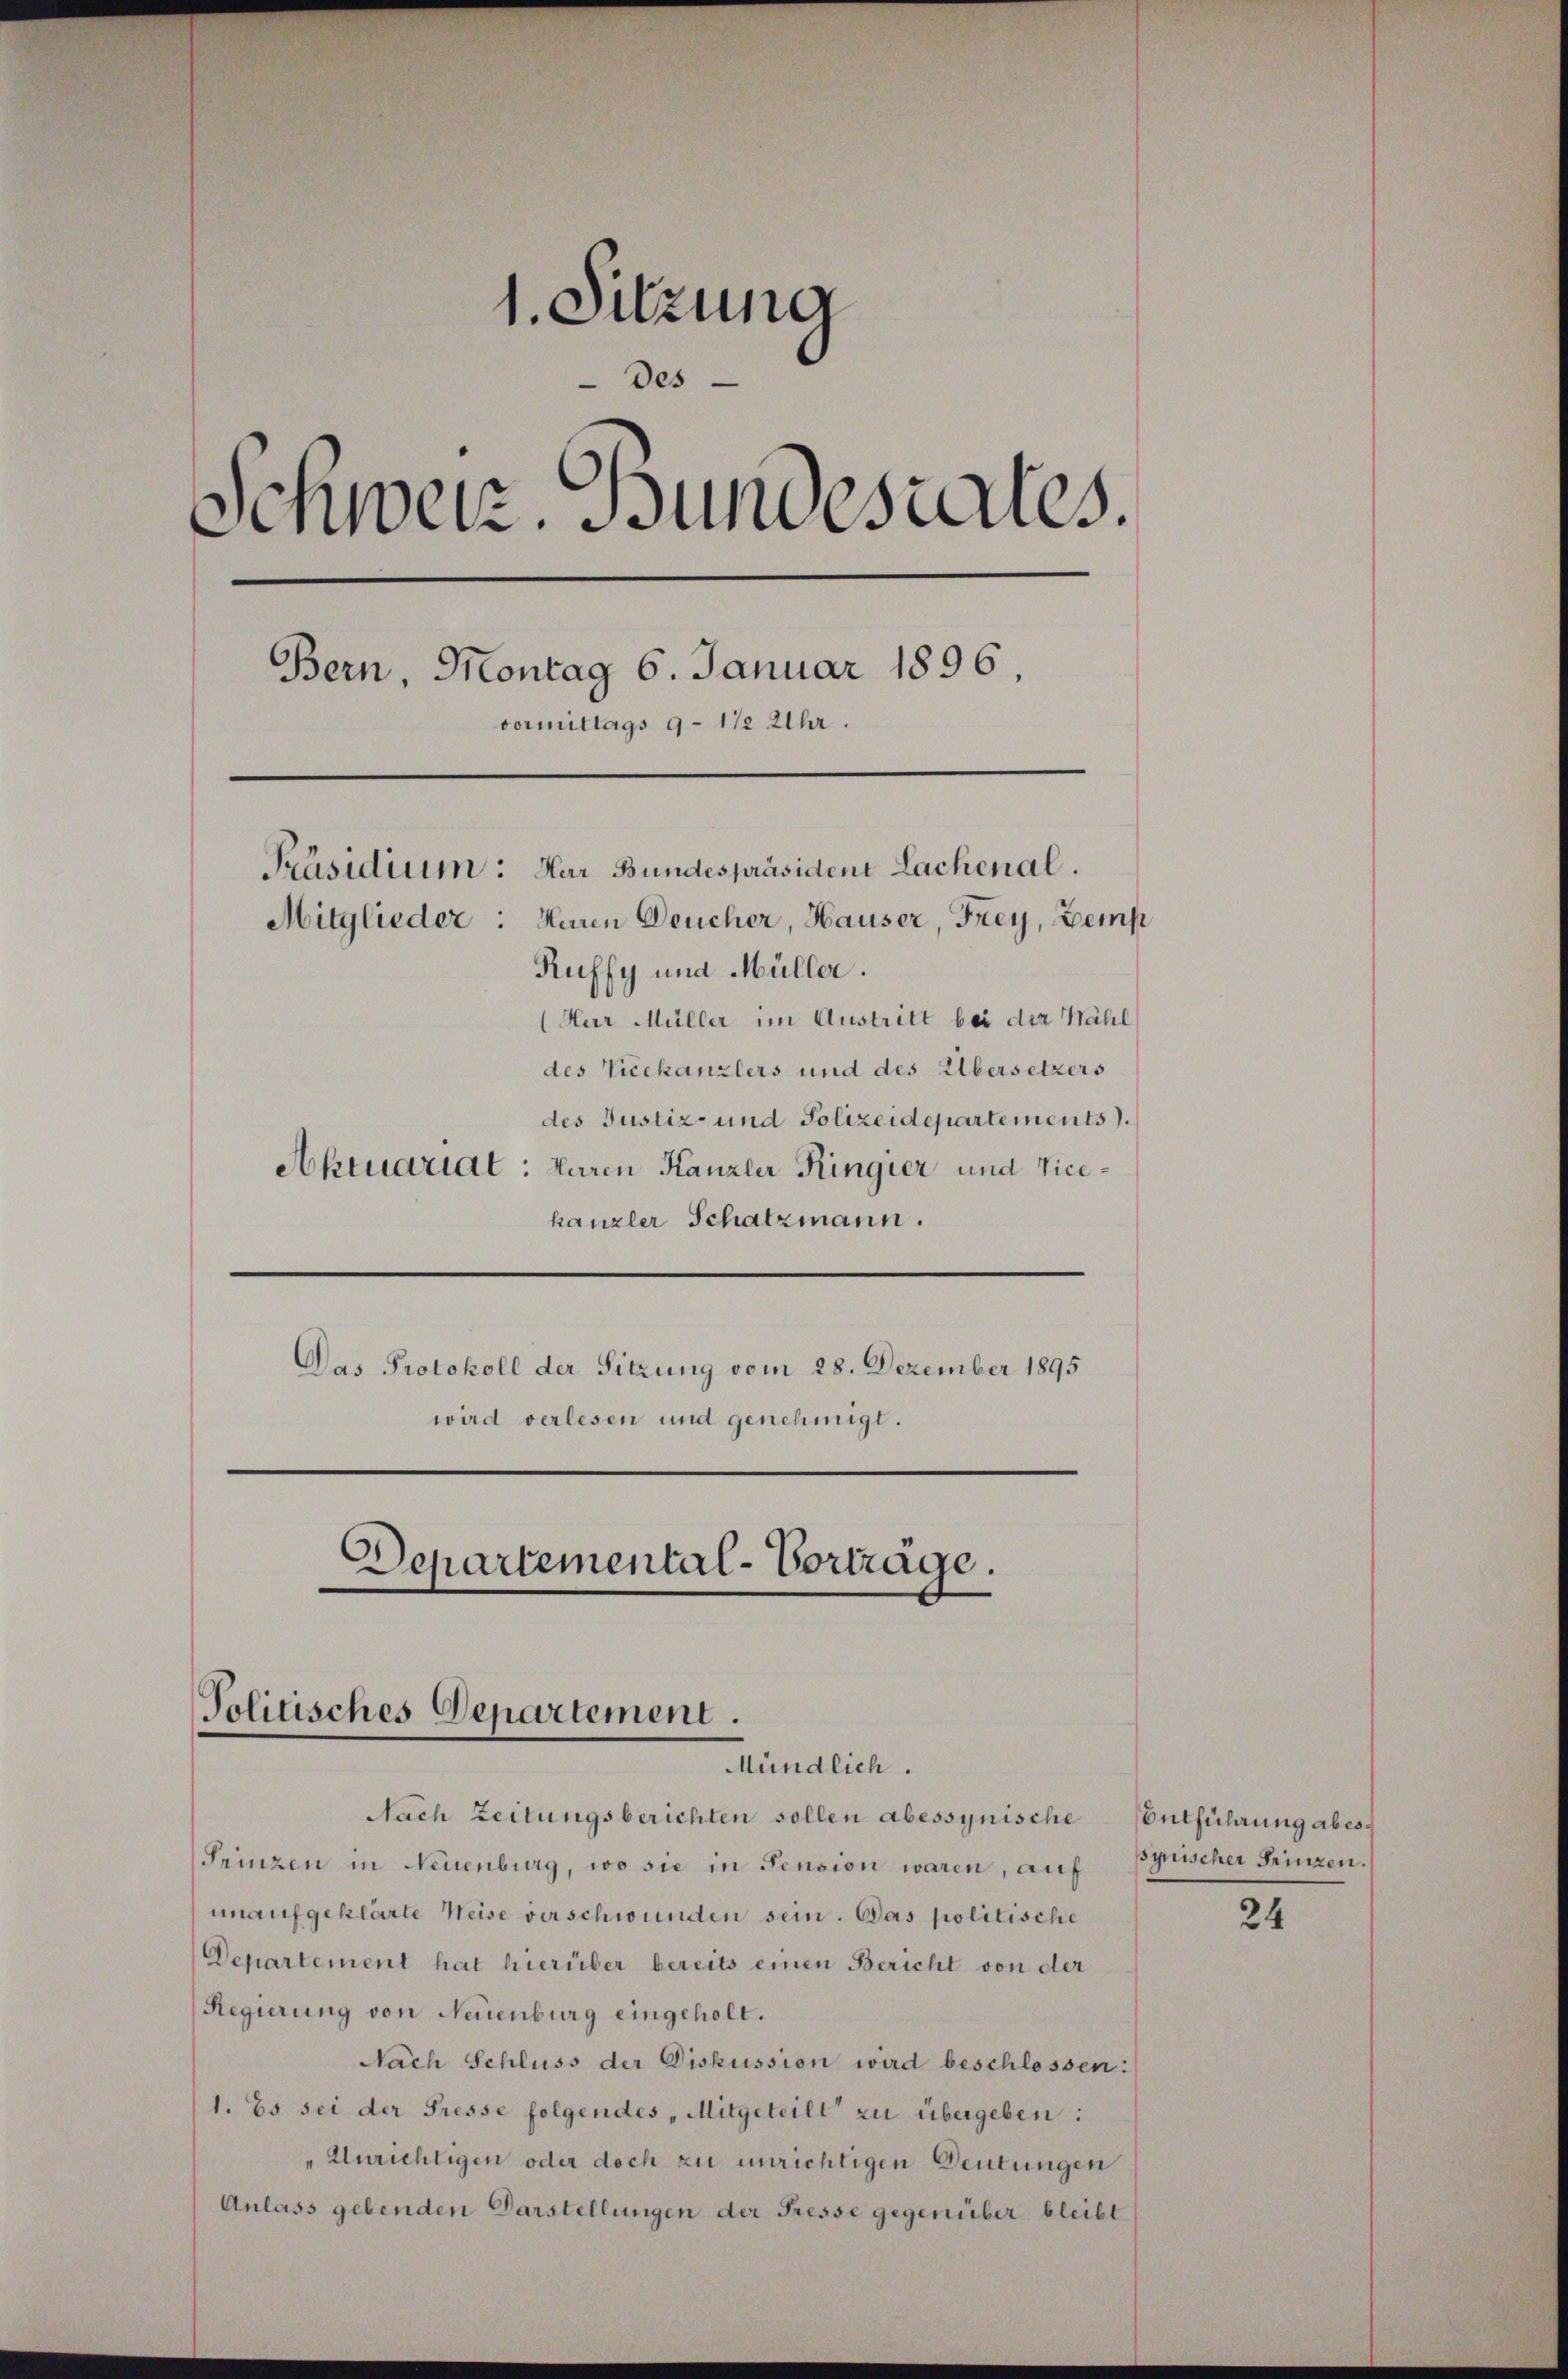
1. Sitzung
Des
Schweiz Bundesiertes.
Bern, Montag 6. Januar 1896
vormittags 9 1/2 Uhr.
Präsidium: Har Bundespräsident Lachenal.
Mitglieder: Heren Deucher, Hauser, Frey, Eemp
Ruffy und Müller.
(Herr Müller im Austritt bei der Nähl
des Vicekanzlers und des Übersetzers
des Justiz- und Polizeidepartements).
Aktuariat: Baren Kanzler Ringier und Vice¬

kanzler Schatzmann.
Das Protokoll der Sitzung vom 28. Dezember 1895
wird verlesen und genehmigt.

Departemental-Vorträge,
Politisches Departement.
Mündlich.

Nach Zeitungsberichten sollen abessynische Entführung aber¬
Prinzen in Neuenburg, wo sie in Pension waren, auf Pynischer Prinzen.
unaufgeklärte Weise verschwunden sein. Das politische
Departement hat hierüber bereits einen Bericht von der
Regierung von Neuenburg eingeholt.
Nach Schluss der Diskussion wird beschlossen:
1. Es sei der Presse folgendes „Mitgeteilt zu übergeben:
"Unrichtigen oder doch zu unrichtigen Deutungen
Anlass gebenden Darstellungen der Fresse gegenüber bleibt

24